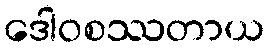
ဒေါဝစဿတာယ